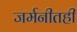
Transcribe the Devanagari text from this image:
जर्मनीतही